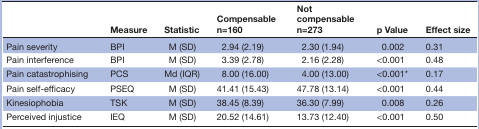
<table><thead><tr><td></td><td><b>Measure</b></td><td><b>Statistic</b></td><td colspan="2"><b>Compensable n=160</b></td><td colspan="2"><b>Not compensable n=273</b></td><td><b>p Value</b></td><td><b>Effect size</b></td></tr></thead><tbody><tr><td>Pain severity</td><td>BPI</td><td>M (SD)</td><td colspan="2">2.94 (2.19)</td><td colspan="2">2.30 (1.94)</td><td>0.002</td><td>0.31</td></tr><tr><td>Pain interference</td><td>BPI</td><td>M (SD)</td><td colspan="2">3.39 (2.78)</td><td colspan="2">2.16 (2.28)</td><td>&lt;0.001</td><td>0.48</td></tr><tr><td>Pain catastrophising</td><td>PCS</td><td>Md (IQR)</td><td colspan="2">8.00 (16.00)</td><td colspan="2">4.00 (13.00)</td><td>&lt;0.001*</td><td>0.17</td></tr><tr><td>Pain self-efficacy</td><td>PSEQ</td><td>M (SD)</td><td colspan="2">41.41 (15.43)</td><td colspan="2">47.78 (13.14)</td><td>&lt;0.001</td><td>0.44</td></tr><tr><td>Kinesiophobia</td><td>TSK</td><td>M (SD)</td><td colspan="2">38.45 (8.39)</td><td colspan="2">36.30 (7.99)</td><td>0.008</td><td>0.26</td></tr><tr><td>Perceived injustice</td><td>IEQ</td><td>M (SD)</td><td colspan="2">20.52 (14.61)</td><td colspan="2">13.73 (12.40)</td><td>&lt;0.001</td><td>0.50</td></tr></tbody></table>